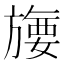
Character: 㫏